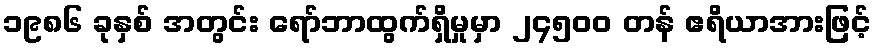
၁၉၈၆ ခုနှစ် အတွင်း ရော်ဘာထွက်ရှိမှုမှာ ၂၄၅၀၀ တန် ဧရိယာအားဖြင့်